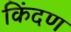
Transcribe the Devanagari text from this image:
किंदण